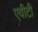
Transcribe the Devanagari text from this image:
एवीटी